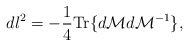
\begin{align*}dl^2=-\frac{1}{4} {\rm Tr} \{d{\cal M}d{\cal M}^{-1}\},\end{align*}